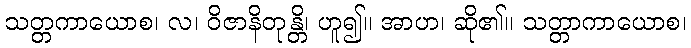
သတ္တကာယောစ၊ လ၊ ဝိဇာနိတုန္တိ၊ ဟူ၍။ အာဟ၊ ဆို၏။ သတ္တာကာယောစ၊